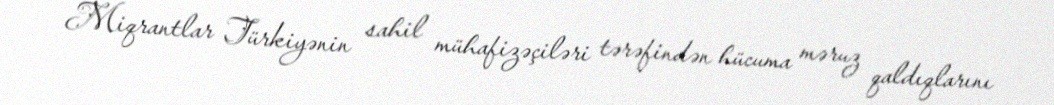
Miqrantlar Türkiyənin sahil mühafizəçiləri tərəfindən hücuma məruz qaldıqlarını